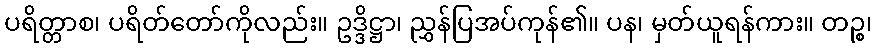
ပရိတ္တာစ၊ ပရိတ်တော်ကိုလည်း။ ဥဒ္ဒိဋ္ဌာ၊ ညွှန်ပြအပ်ကုန်၏။ ပန၊ မှတ်ယူရန်ကား။ တဉ္စ၊